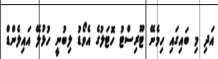
އަދި މި ބައިގައި ހިމެނޭ ޓޫރިސްޓު ހޮޓަލުގެ އެވޯޑު ލިބުނީ ހުޅުލޭ އައިލެންޑް